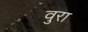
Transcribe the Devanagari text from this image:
वुरा